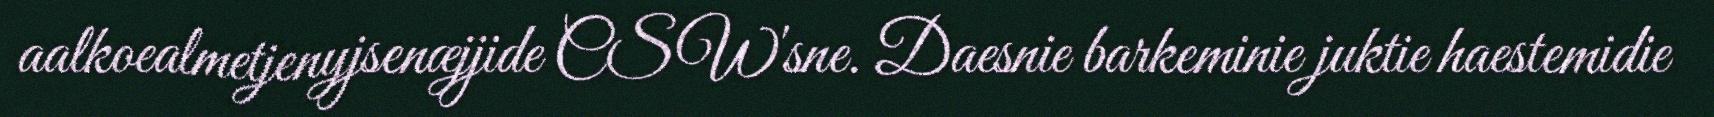
aalkoealmetjenyjsenæjjide CSW'sne. Daesnie barkeminie juktie haestemidie